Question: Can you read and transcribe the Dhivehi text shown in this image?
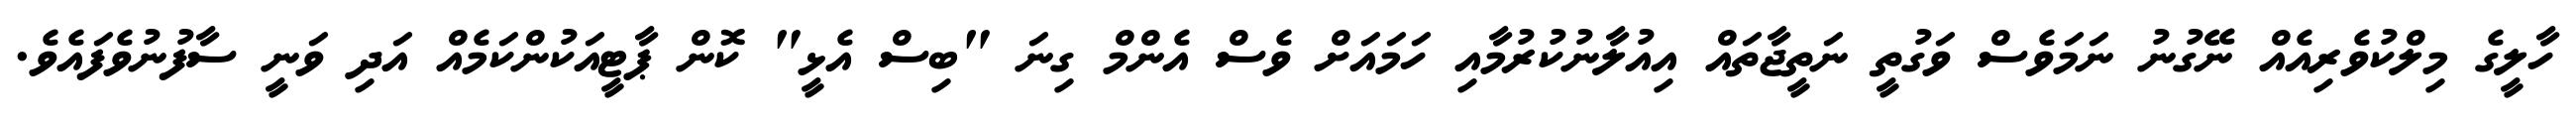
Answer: ހާލީގެ މިލްކުވެރިއެއް ނޭގުނު ނަމަވެސް ވަގުތީ ނަތީޖާތައް އިއުލާނުކުރުމާއި ހަމައަށް ވެސް އެންމް ގިނަ "ބިސް އެޅީ" ކޮން ޕާޓީއަކުންކަމެއް އަދި ވަނީ ސާފުނުވެފައެވެ.